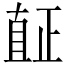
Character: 𱲿